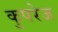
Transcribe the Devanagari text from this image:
कुपरेज